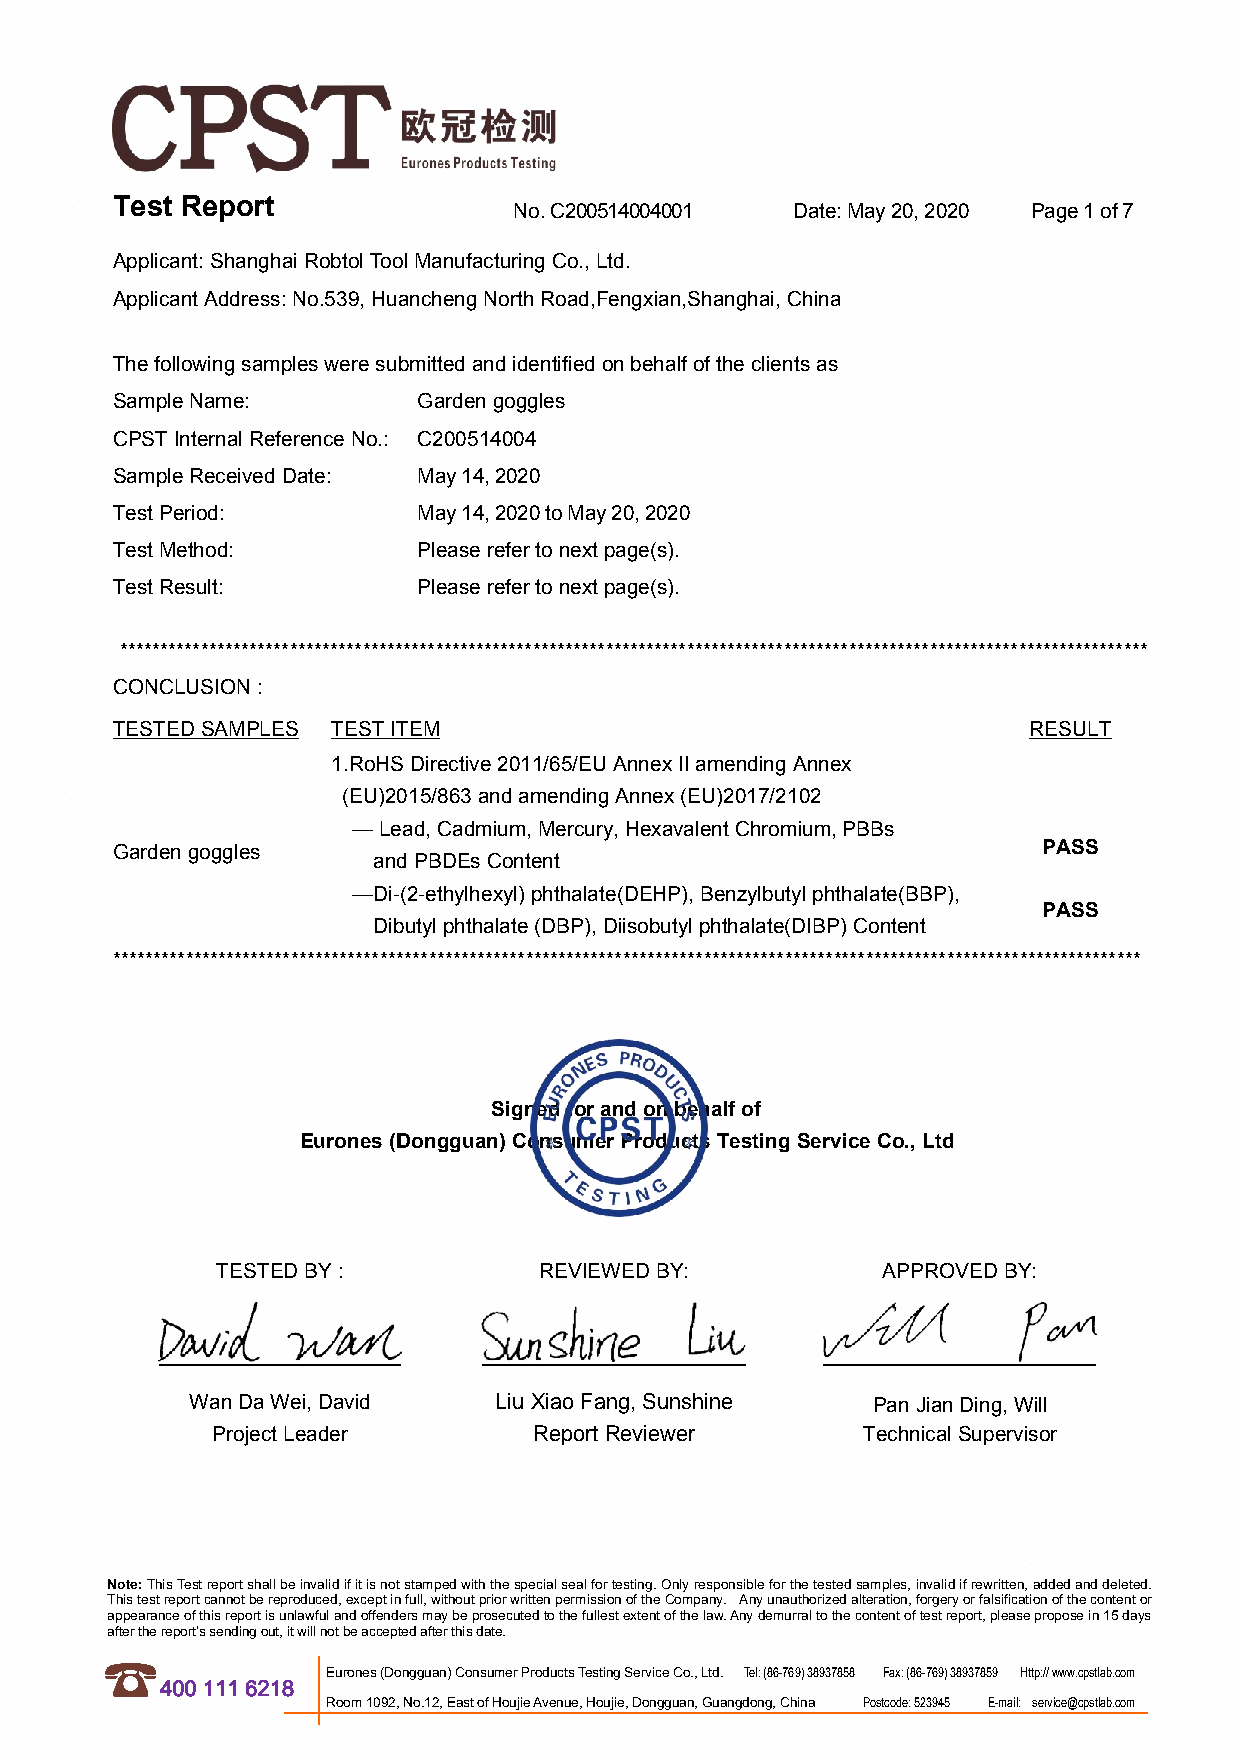
Test Report                No.C200514004001  Date:May20,2020 Page1of7
 Applicant:ShanghaiRobtolToolManufacturingCo., Ltd.
 ApplicantAddress:No.539,HuanchengNorthRoad,Fengxian,Shanghai,China
 Thefollowingsamplesweresubmittedandidentifiedonbehalfoftheclientsas
 SampleName:          Gardengoggles
 CPSTInternalReferenceNo.: C200514004
 SampleReceivedDate:  May14,2020
 TestPeriod:          May14,2020toMay20,2020
 TestMethod:          Pleaserefertonextpage(s).
 TestResult:          Pleaserefertonextpage(s).
 *******************************************************************************************************************************
 CONCLUSION:
 TESTEDSAMPLES  TESTITEM                                      RESULT
 1.RoHSDirective2011/65/EU AnnexIIamendingAnnex
 (EU)2015/863andamendingAnnex(EU)2017/2102
 —Lead,Cadmium,Mercury,HexavalentChromium,PBBs
 Gardengoggles                                                 PASS
 andPBDEsContent
 —Di-(2-ethylhexyl)phthalate(DEHP),Benzylbutylphthalate(BBP),
 PASS
 Dibutylphthalate(DBP),Diisobutylphthalate(DIBP)Content
 *******************************************************************************************************************************
 Signedforandonbehalfof
 Eurones(Dongguan)ConsumerProductsTestingServiceCo.,Ltd
 TESTEDBY:             REVIEWEDBY:           APPROVEDBY:
 WanDaWei,David      LiuXiaoFang,Sunshine     PanJianDing,Will
 ProjectLeader        ReportReviewer        TechnicalSupervisor
 Note:ThisTestreportshallbeinvalidifitisnotstampedwiththespecialsealfortesting.Onlyresponsibleforthetestedsamples,invalidifrewritten,addedanddeleted.
 Thistestreportcannotbereproduced,exceptinfull,withoutpriorwrittenpermissionoftheCompany. Anyunauthorizedalteration,forgeryorfalsificationofthecontentor
 appearanceofthisreportisunlawfulandoffendersmaybeprosecutedtothefullestextentofthelaw.Anydemurraltothecontentoftestreport,pleaseproposein15days
 afterthereport’ssendingout,itwillnotbeacceptedafterthisdate.
 Eurones(Dongguan)ConsumerProductsTestingServiceCo.,Ltd. Tel:(86-769)38937858 Fax:(86-769)38937859 Http://www.cpstlab.com
 4001116218
 Room1092,No.12,EastofHoujieAvenue,Houjie,Dongguan,Guangdong,China Postcode:523945 E-mail: service@cpstlab.com